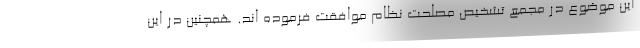
این موضوع در مجمع تشخیص مصلحت نظام موافقت فرموده اند. همچنین در این